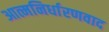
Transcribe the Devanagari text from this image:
आत्मनिर्धारणवाद